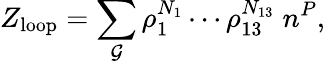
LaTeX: Z_{\mathrm{loop}}=\sum_{{\cal G}}\rho_{1}^{N_{1}}\cdots\rho_{13}^{N_{13}}\; n^{P},